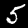
Digit: 5